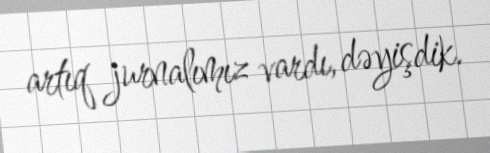
artıq jurnalımız vardı, dəyişdik.